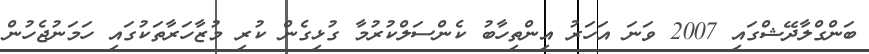
ބަންގްލާދޭޝްގައި 2007 ވަނަ އަހަރު އިންތިހާބު ކެންސަލްކުރުމާ ގުޅިގެން ކުރި މުޒާހަރާތަކުގައި ހަމަނުޖެހުން